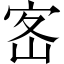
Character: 𡧸